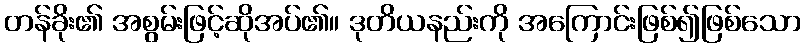
တန်ခိုး၏ အစွမ်းဖြင့်ဆိုအပ်၏။ ဒုတိယနည်းကို အကြောင်းဖြစ်၍ဖြစ်သော